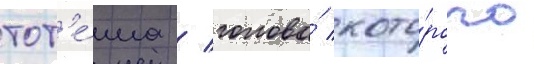
тот'е́ма / голова́ кото́рого